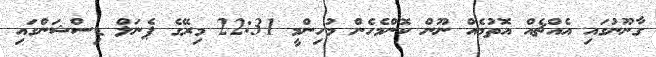
ގާނޫނުގައި އެއްޗެއް އޮތުމެއް ނޫން ކޮންމެހެން މުހިންމީ 22:31 މިރޭގެ ޕެނަލް ޑިސްޝަންގައި